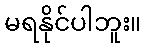
မရနိုင်ပါဘူး။